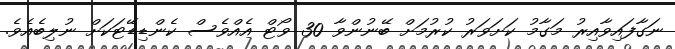
ނަގާފައިވާއިރު މަގާމު ކަށަވަރު ކުރުމަށް ބޭނުންވާ 30 ވޯޓް އެއްވެސް ކެންޑިޑޭޓަކަށް ނުލިބެއެވެ.